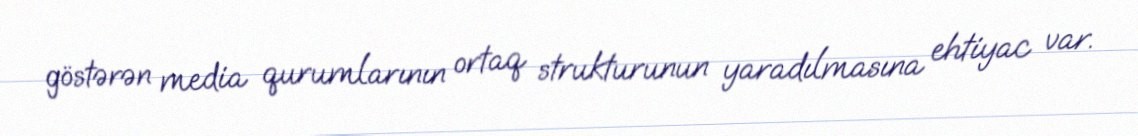
göstərən media qurumlarının ortaq strukturunun yaradılmasına ehtiyac var.